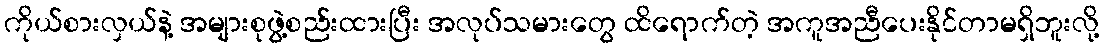
ကိုယ်စားလှယ်နဲ့ အများစုဖွဲ့စည်းထားပြီး အလုပ်သမားတွေ ထိရောက်တဲ့ အကူအညီပေးနိုင်တာမရှိဘူးလို့